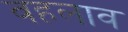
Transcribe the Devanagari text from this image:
वहलाव